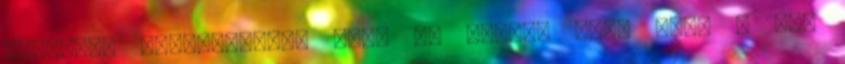
részére. Elhatározták ezen az ülésen azt, hogy a BUA